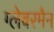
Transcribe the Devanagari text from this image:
ग्लेबरमैन